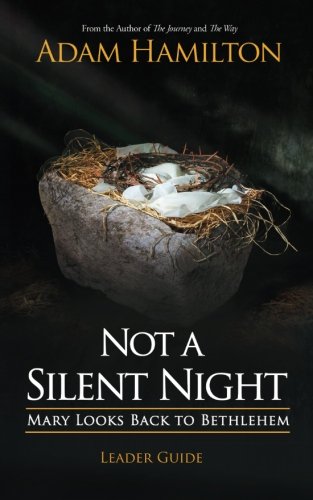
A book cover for Not a Silent Night Leader Guide: Mary Looks Back to Bethlehem (Not a Silent Night Advent series); Adam Hamilton; Christian Books & Bibles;